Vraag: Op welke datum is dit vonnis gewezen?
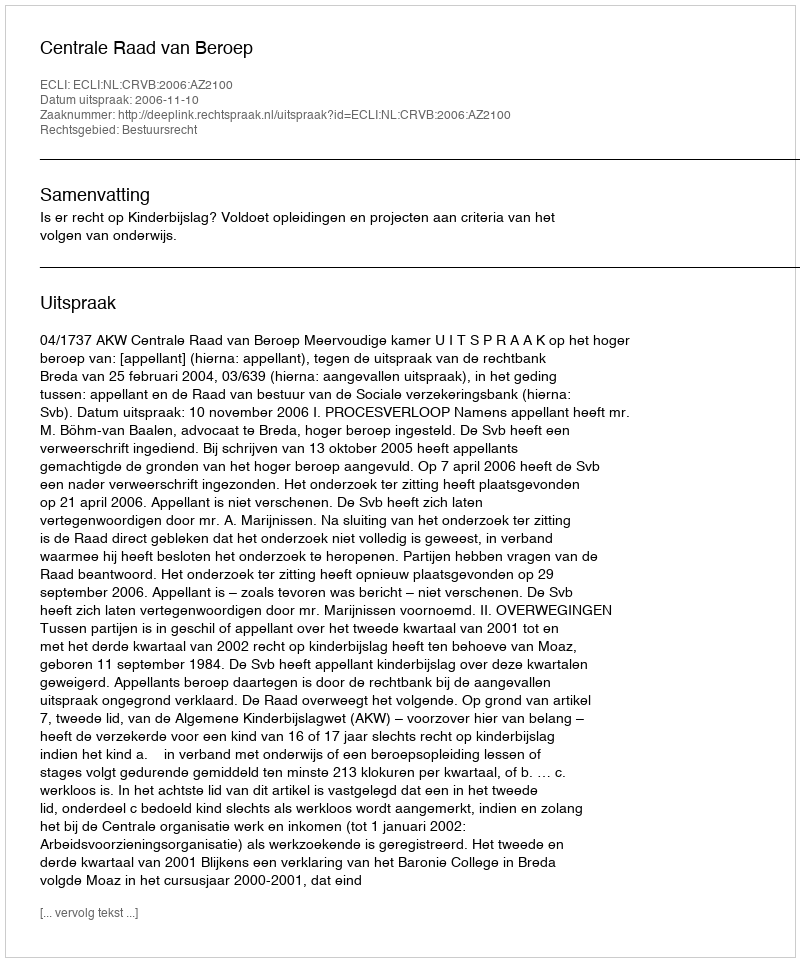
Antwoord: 2006-11-10